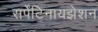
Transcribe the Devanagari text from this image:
सर्पेंटिनायझेशन